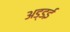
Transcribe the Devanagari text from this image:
अड्डई